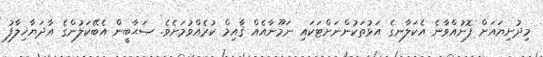
މިދުނިޔައަށް ފޮނުއްވާނެ އެކަލާނގެ އަޅުތަކުންނަށްޓަކައި ނަމޫނާއެއް ޤާއިމް ކުރެއްވުމަށެވެ. ޞަޙާބީން އެބޭކަލުންގެ އާދަޔާޚިލާފު